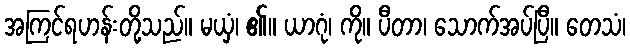
အကြင်ရဟန်းတို့သည်။ မယှံ၊ ၏။ ယာဂုံ၊ ကို။ ပီတာ၊ သောက်အပ်ပြီ။ တေသံ၊